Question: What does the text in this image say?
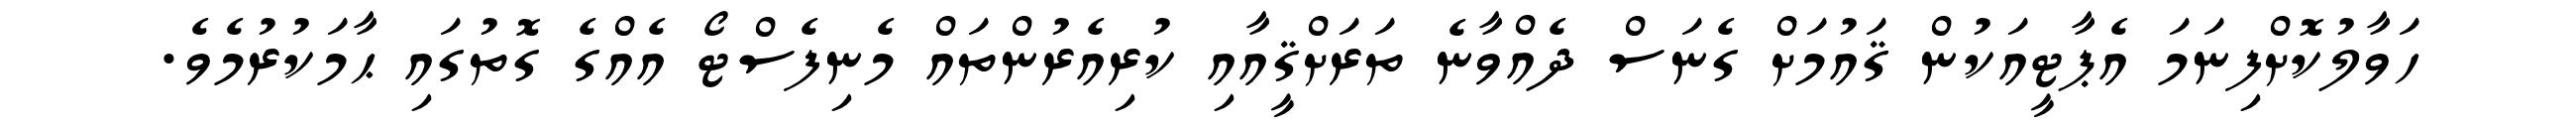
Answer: ހަވާލުކޮށްފިނަމަ އެޕާޓީއަކުން ޤައުމަށް ގެނަސް ދެއްވާނެ ތަރަށްޤީއާއި ކުރިއެރުންތައް މެނިފެސްޓޯ އެއްގެ ގޮތުގައި ޙާމަކުރުމެވެ.